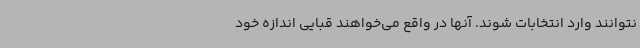
نتوانند وارد انتخابات شوند. آنها در واقع می‌خواهند قبایی اندازه خود